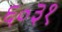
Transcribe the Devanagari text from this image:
६०३१